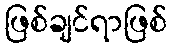
ဖြစ်ချင်ရာဖြစ်